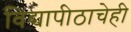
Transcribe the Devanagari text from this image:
विद्यापीठाचेही